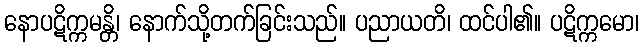
နောပဋိက္ကမန္တိ၊ နောက်သို့တက်ခြင်းသည်။ ပညာယတိ၊ ထင်ပါ၏။ ပဋိက္ကမော၊